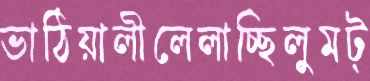
ভাঠিয়ালীলেলাচ্ছিলুমট্